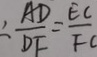
\angle \frac { A D } { D F } = \frac { E C } { F C }